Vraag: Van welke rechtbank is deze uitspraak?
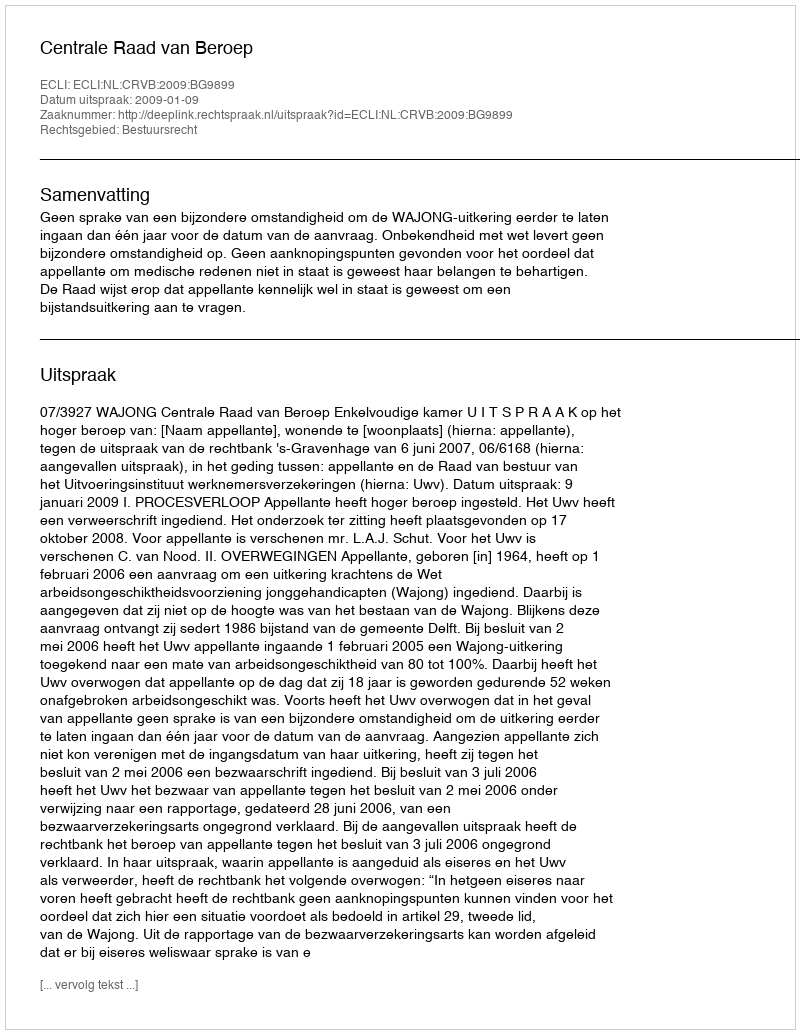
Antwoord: Centrale Raad van Beroep